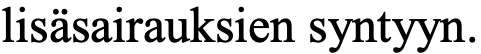
lisäsairauksien syntyyn.